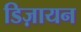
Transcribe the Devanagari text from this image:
डिज़ायन